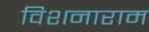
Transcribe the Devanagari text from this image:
विशनाराम